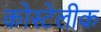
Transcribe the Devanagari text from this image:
कोस्टेलीक